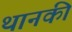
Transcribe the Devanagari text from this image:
थानकी